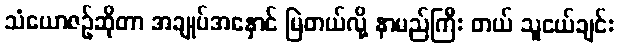
သံယောဇဉ်ဆိုတာ အချုပ်အနှောင် မြဲတယ်လို့ နာမည်ကြီး တယ် သူငယ်ချင်း